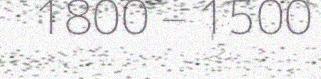
1800 – 1500